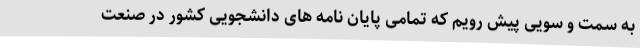
به سمت و سویی پیش رویم که تمامی پایان نامه های دانشجویی کشور در صنعت